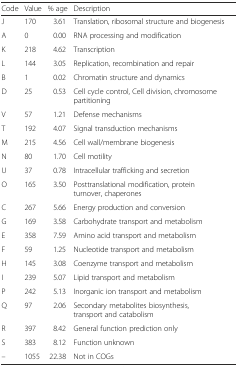
<table><thead><tr><td><b>Code</b></td><td><b>Value</b></td><td><b>% age</b></td><td><b>Description</b></td></tr></thead><tbody><tr><td>J</td><td>170</td><td>3.61</td><td>Translation, ribosomal structure and biogenesis</td></tr><tr><td>A</td><td>0</td><td>0.00</td><td>RNA processing and modification</td></tr><tr><td>K</td><td>218</td><td>4.62</td><td>Transcription</td></tr><tr><td>L</td><td>144</td><td>3.05</td><td>Replication, recombination and repair</td></tr><tr><td>B</td><td>1</td><td>0.02</td><td>Chromatin structure and dynamics</td></tr><tr><td>D</td><td>25</td><td>0.53</td><td>Cell cycle control, Cell division, chromosome partitioning</td></tr><tr><td>V</td><td>57</td><td>1.21</td><td>Defense mechanisms</td></tr><tr><td>T</td><td>192</td><td>4.07</td><td>Signal transduction mechanisms</td></tr><tr><td>M</td><td>215</td><td>4.56</td><td>Cell wall/membrane biogenesis</td></tr><tr><td>N</td><td>80</td><td>1.70</td><td>Cell motility</td></tr><tr><td>U</td><td>37</td><td>0.78</td><td>Intracellular trafficking and secretion</td></tr><tr><td>O</td><td>165</td><td>3.50</td><td>Posttranslational modification, protein turnover, chaperones</td></tr><tr><td>C</td><td>267</td><td>5.66</td><td>Energy production and conversion</td></tr><tr><td>G</td><td>169</td><td>3.58</td><td>Carbohydrate transport and metabolism</td></tr><tr><td>E</td><td>358</td><td>7.59</td><td>Amino acid transport and metabolism</td></tr><tr><td>F</td><td>59</td><td>1.25</td><td>Nucleotide transport and metabolism</td></tr><tr><td>H</td><td>145</td><td>3.08</td><td>Coenzyme transport and metabolism</td></tr><tr><td>I</td><td>239</td><td>5.07</td><td>Lipid transport and metabolism</td></tr><tr><td>P</td><td>242</td><td>5.13</td><td>Inorganic ion transport and metabolism</td></tr><tr><td>Q</td><td>97</td><td>2.06</td><td>Secondary metabolites biosynthesis, transport and catabolism</td></tr><tr><td>R</td><td>397</td><td>8.42</td><td>General function prediction only</td></tr><tr><td>S</td><td>383</td><td>8.12</td><td>Function unknown</td></tr><tr><td>–</td><td>1055</td><td>22.38</td><td>Not in COGs</td></tr></tbody></table>